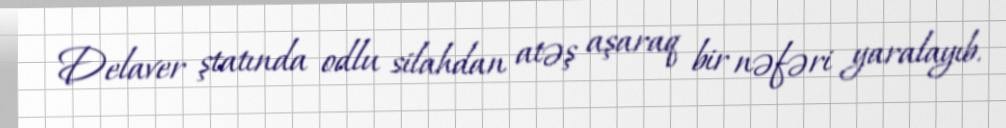
Delaver ştatında odlu silahdan atəş aşaraq bir nəfəri yaralayıb.